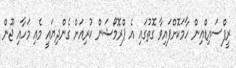
ރީފްސައިޑްއިން ހާމަކޮށްފައިވާ ގޮތުގައި އެ ޕްރޮމޯޝަން ކުރިއަށް ގެންދިޔައީ މެއި މަހާއި ޖޫން